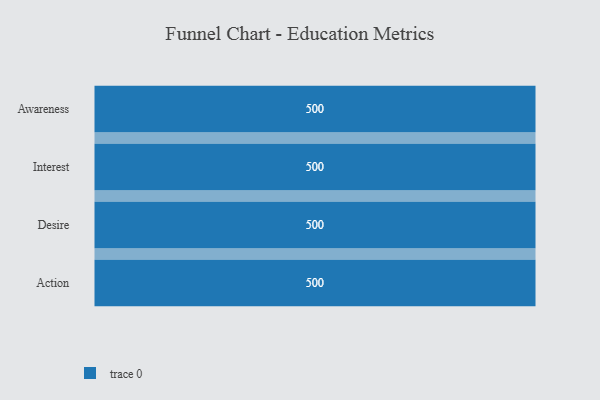
{"axis": {"x": "Stage", "y": "Value"}, "legend": [""], "data": [{"x": "Awareness", "y": 500, "type": ""}, {"x": "Interest", "y": 500, "type": ""}, {"x": "Desire", "y": 500, "type": ""}, {"x": "Action", "y": 500, "type": ""}]}